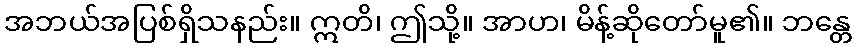
အဘယ်အပြစ်ရှိသနည်း။ ဣတိ၊ ဤသို့။ အာဟ၊ မိန့်ဆိုတော်မူ၏။ ဘန္တေ